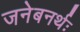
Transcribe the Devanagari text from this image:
जनेबनर्थः